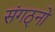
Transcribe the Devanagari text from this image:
संगठ्नो